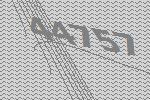
44757